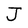
Character: J